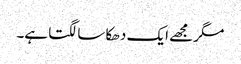
مگر مجھے ایک دھکا سا لگتا ہے۔